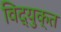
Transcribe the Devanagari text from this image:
विद्युक्त